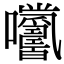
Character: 𡆓